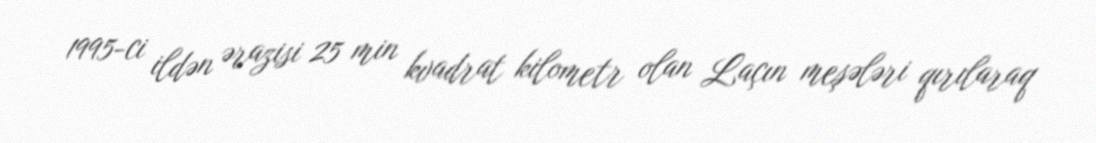
1995-ci ildən ərazisi 25 min kvadrat kilometr olan Laçın meşələri qırılaraq